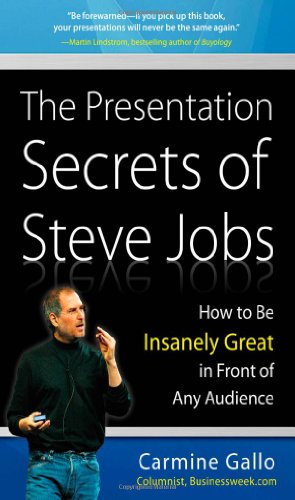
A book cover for The Presentation Secrets of Steve Jobs: How to Be Insanely Great in Front of Any Audience; Carmine Gallo; Humor & Entertainment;